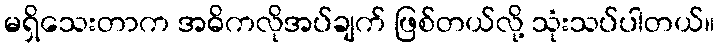
မရှိသေးတာက အဓိကလိုအပ်ချက် ဖြစ်တယ်လို့ သုံးသပ်ပါတယ်။